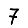
Digit: 7